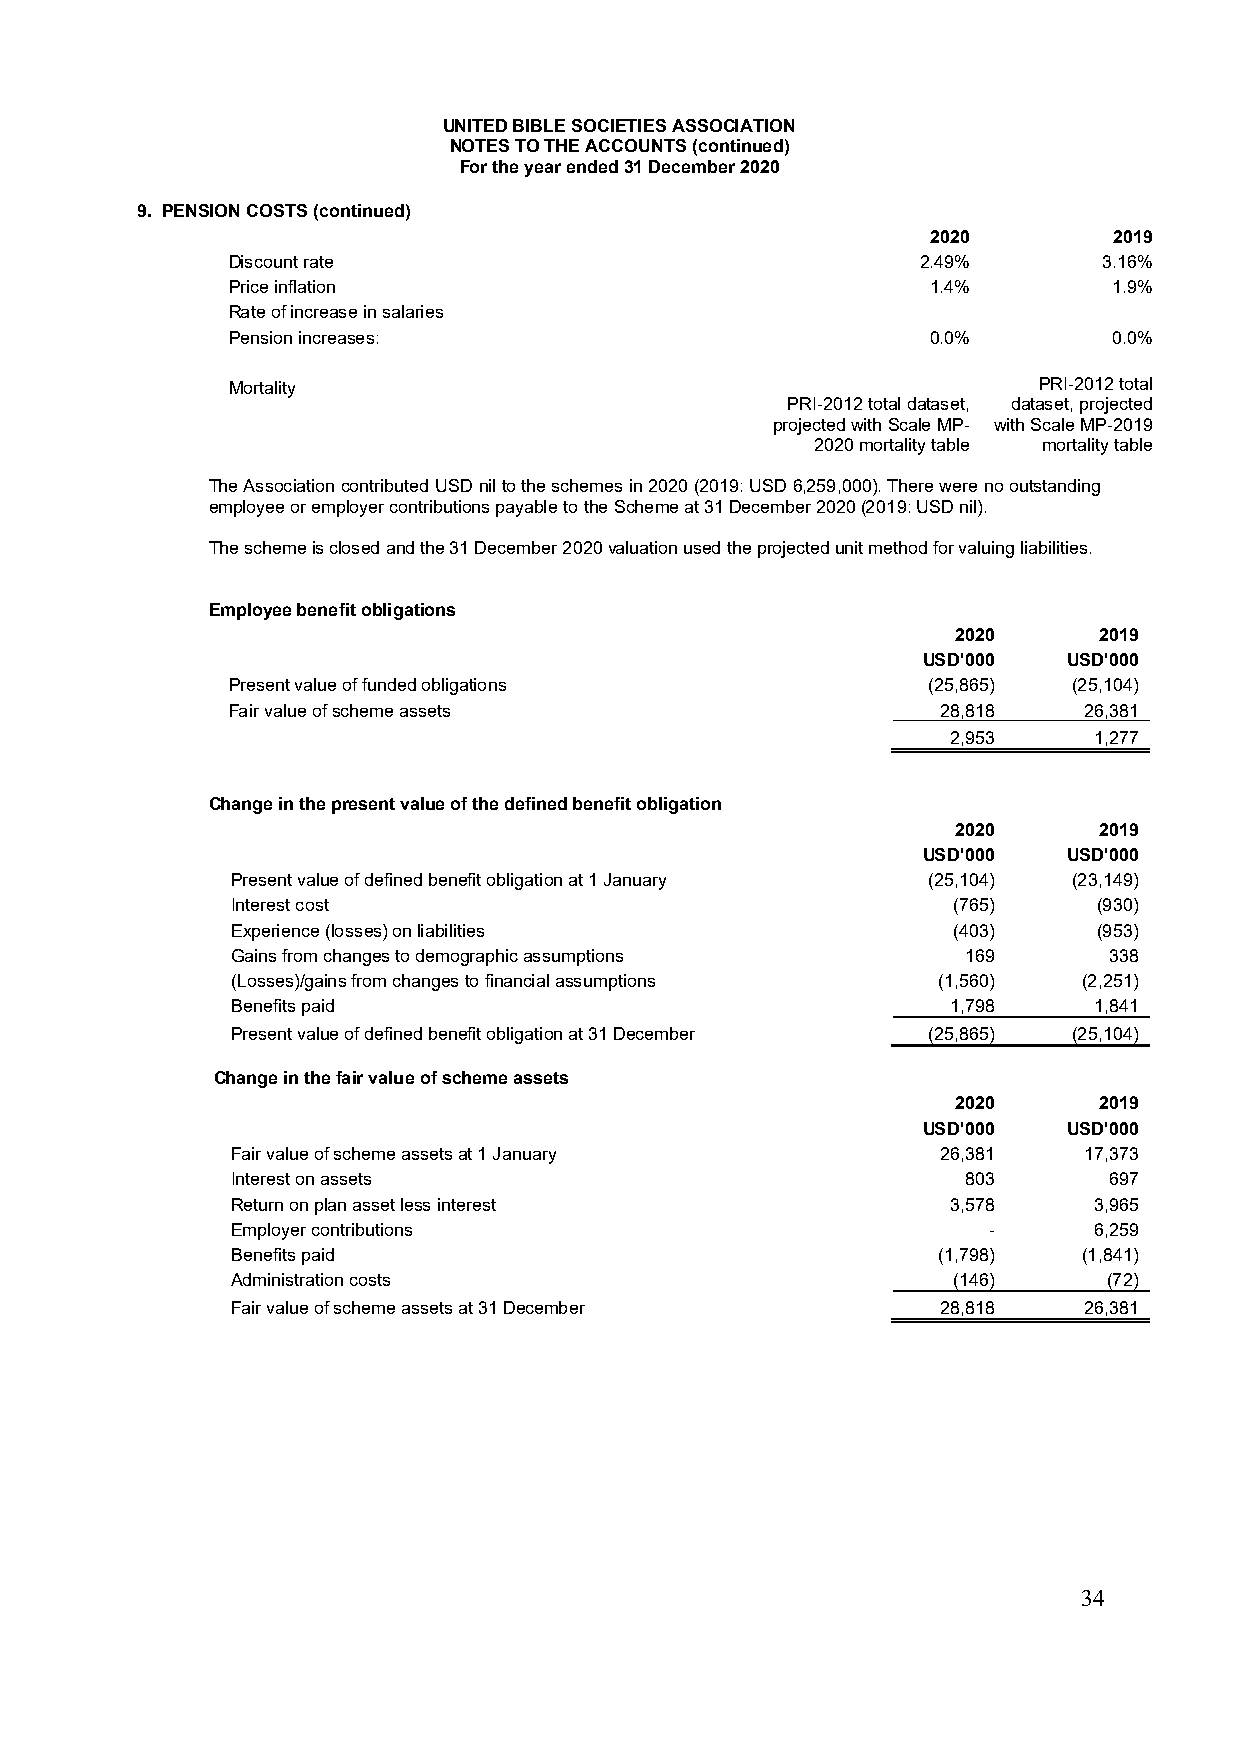
UNITED BIBLE SOCIETIES ASSOCIATION
 NOTES TO THE ACCOUNTS (continued)
 For the year ended 31 December 2020
 9. PENSION COSTS (continued)
 2020        2019
 Discount rate                                 2.49%       3.16%
 Price inflation                                1.4%        1.9%
 Rate of increase in salaries
 Pension increases:                             0.0%        0.0%
 Mortality                                             PRI-2012 total
 PRI-2012 total dataset, dataset, projected
 projected with Scale MP- with Scale MP-2019
 2020 mortality table mortality table
 The Association contributed USD nil to the schemes in 2020 (2019: USD 6,259,000). There were no outstanding
 employee or employer contributions payable to the Scheme at 31 December 2020 (2019: USD nil).
 The scheme is closed and the 31 December 2020 valuation used the projected unit method for valuing liabilities.
 Employee benefit obligations
 2020      2019
 USD'000   USD'000
 Present value of funded obligations           (25,865)  (25,104)
 Fair value of scheme assets                    28,818    26,381
 2,953    1,277
 Change in the present value of the defined benefit obligation
 2020      2019
 USD'000   USD'000
 Present value of defined benefit obligation at 1 January (25,104) (23,149)
 Interest cost                                   (765)     (930)
 Experience (losses) on liabilities              (403)     (953)
 Gains from changes to demographic assumptions    169      338
 (Losses)/gains from changes to financial assumptions (1,560) (2,251)
 Benefits paid                                   1,798    1,841
 Present value of defined benefit obligation at 31 December (25,865) (25,104)
 Change in the fair value of scheme assets
 2020      2019
 USD'000   USD'000
 Fair value of scheme assets at 1 January       26,381    17,373
 Interest on assets                               803      697
 Return on plan asset less interest              3,578    3,965
 Employer contributions                            -      6,259
 Benefits paid                                  (1,798)   (1,841)
 Administration costs                            (146)     (72)
 Fair value of scheme assets at 31 December     28,818    26,381
 34